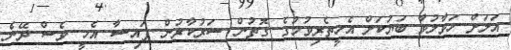
އަލަށް ހަވާލުވާ ބަޔަކަށް އެހީތެރިވުމުގެ ގޮތުން ސަރުކާރުން ފައިސާ އެހީ ވެސް ދޭނެ